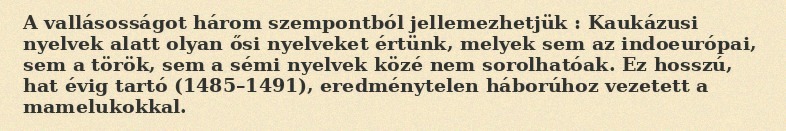
A vallásosságot három szempontból jellemezhetjük : Kaukázusi nyelvek alatt olyan ősi nyelveket értünk, melyek sem az indoeurópai, sem a török, sem a sémi nyelvek közé nem sorolhatóak. Ez hosszú, hat évig tartó (1485–1491), eredménytelen háborúhoz vezetett a mamelukokkal.